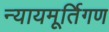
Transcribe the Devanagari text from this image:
न्यायमूर्तिगण